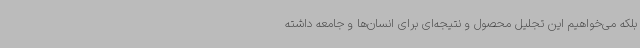
بلکه می‌خواهیم این تجلیل محصول و نتیجه‌ای برای انسان‌ها و جامعه داشته